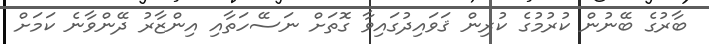
ބާރުގެ ބޭނުން ކުރުމުގެ ކުރިން ޤަވައިދުގައިވާ ގޮތަށް ނަސޭހަތާއި އިންޒާރު ދޭންވާނެ ކަމަށް